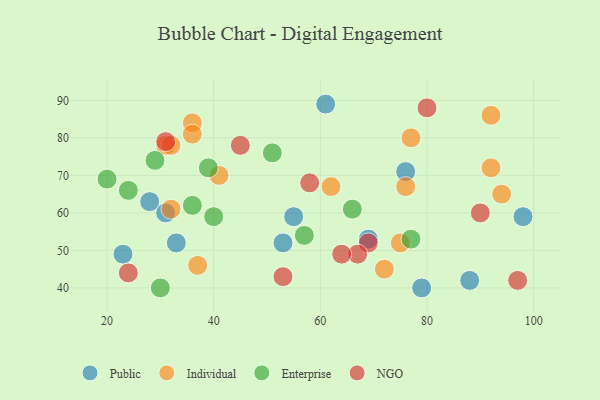
{"axis": {"x": "GDP", "y": "Life Expectancy"}, "legend": ["Enterprise", "Individual", "NGO", "Public"], "data": [{"x": "33", "y": 52, "type": "Public"}, {"x": "31", "y": 60, "type": "Public"}, {"x": "98", "y": 59, "type": "Public"}, {"x": "76", "y": 71, "type": "Public"}, {"x": "53", "y": 52, "type": "Public"}, {"x": "88", "y": 42, "type": "Public"}, {"x": "55", "y": 59, "type": "Public"}, {"x": "69", "y": 53, "type": "Public"}, {"x": "79", "y": 40, "type": "Public"}, {"x": "61", "y": 89, "type": "Public"}, {"x": "28", "y": 63, "type": "Public"}, {"x": "23", "y": 49, "type": "Public"}, {"x": "41", "y": 70, "type": "Individual"}, {"x": "37", "y": 46, "type": "Individual"}, {"x": "31", "y": 78, "type": "Individual"}, {"x": "36", "y": 84, "type": "Individual"}, {"x": "32", "y": 61, "type": "Individual"}, {"x": "94", "y": 65, "type": "Individual"}, {"x": "92", "y": 86, "type": "Individual"}, {"x": "76", "y": 67, "type": "Individual"}, {"x": "32", "y": 78, "type": "Individual"}, {"x": "36", "y": 81, "type": "Individual"}, {"x": "92", "y": 72, "type": "Individual"}, {"x": "75", "y": 52, "type": "Individual"}, {"x": "72", "y": 45, "type": "Individual"}, {"x": "62", "y": 67, "type": "Individual"}, {"x": "77", "y": 80, "type": "Individual"}, {"x": "29", "y": 74, "type": "Enterprise"}, {"x": "24", "y": 66, "type": "Enterprise"}, {"x": "39", "y": 72, "type": "Enterprise"}, {"x": "77", "y": 53, "type": "Enterprise"}, {"x": "20", "y": 69, "type": "Enterprise"}, {"x": "57", "y": 54, "type": "Enterprise"}, {"x": "40", "y": 59, "type": "Enterprise"}, {"x": "66", "y": 61, "type": "Enterprise"}, {"x": "36", "y": 62, "type": "Enterprise"}, {"x": "51", "y": 76, "type": "Enterprise"}, {"x": "30", "y": 40, "type": "Enterprise"}, {"x": "97", "y": 42, "type": "NGO"}, {"x": "69", "y": 52, "type": "NGO"}, {"x": "24", "y": 44, "type": "NGO"}, {"x": "45", "y": 78, "type": "NGO"}, {"x": "67", "y": 49, "type": "NGO"}, {"x": "64", "y": 49, "type": "NGO"}, {"x": "58", "y": 68, "type": "NGO"}, {"x": "80", "y": 88, "type": "NGO"}, {"x": "90", "y": 60, "type": "NGO"}, {"x": "31", "y": 79, "type": "NGO"}, {"x": "53", "y": 43, "type": "NGO"}]}